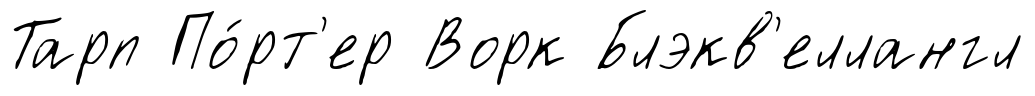
Тарп По́рт'ер Ворк Блэкв'еллангл